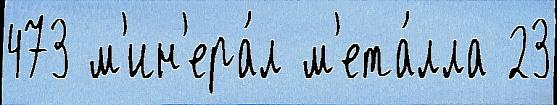
473 м'ин'ера́л м'ета́лла 23